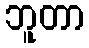
ဘူတာ